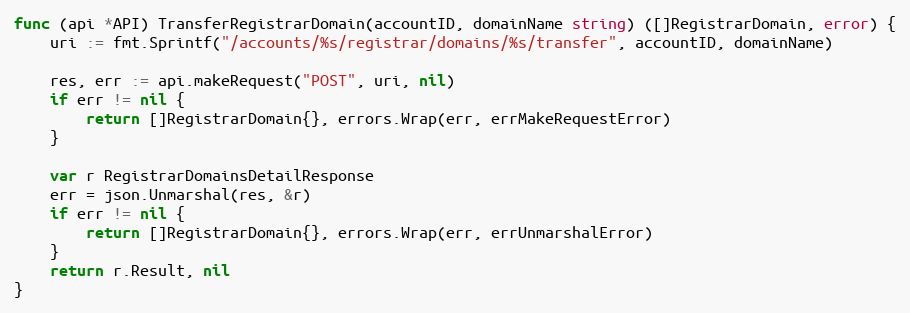
Language: Go
func (api *API) TransferRegistrarDomain(accountID, domainName string) ([]RegistrarDomain, error) {
	uri := fmt.Sprintf("/accounts/%s/registrar/domains/%s/transfer", accountID, domainName)

	res, err := api.makeRequest("POST", uri, nil)
	if err != nil {
		return []RegistrarDomain{}, errors.Wrap(err, errMakeRequestError)
	}

	var r RegistrarDomainsDetailResponse
	err = json.Unmarshal(res, &r)
	if err != nil {
		return []RegistrarDomain{}, errors.Wrap(err, errUnmarshalError)
	}
	return r.Result, nil
}